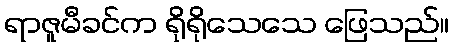
ရာဇူမီခင်က ရိုရိုသေသေ ဖြေသည်။